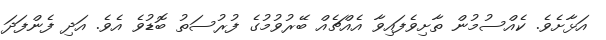
އަޅާށެވެ. ކެެއްސުމުން ތާށިވެފައިވާ އެއްޗެއް ބޭރުވުމުގެ ފުރުސަތު ބޮޑުވެ އެވެ. އަދި ފެންފަދަ